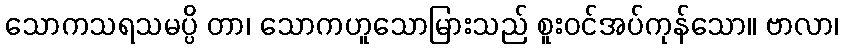
သောကသရသမပ္ပိ တာ၊ သောကဟူသောမြားသည် စူးဝင်အပ်ကုန်သော။ ဗာလာ၊